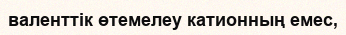
валенттік өтемелеу катионның емес,